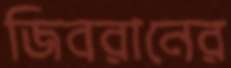
জিবরানের